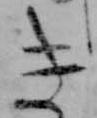
き